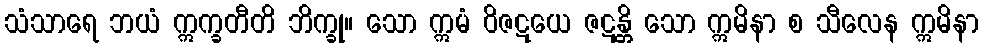
သံသာရေ ဘယံ ဣက္ခတီတိ ဘိက္ခု။ သော ဣမံ ဝိဇဋယေ ဇဋန္တိ သော ဣမိနာ စ သီလေန ဣမိနာ